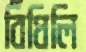
বিঁধিলি